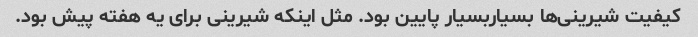
کیفیت شیرینی‌ها بسیاربسیار پایین بود. مثل اینکه شیرینی برای یه هفته پیش بود.